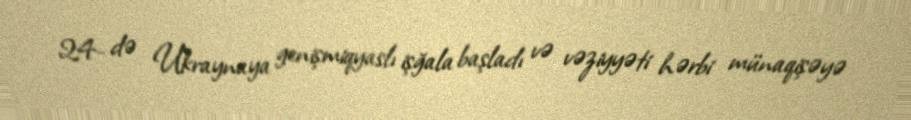
24- də Ukraynaya genişmiqyaslı işğala başladı və vəziyyəti hərbi münaqişəyə